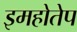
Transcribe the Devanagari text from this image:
इमहोतेप